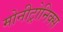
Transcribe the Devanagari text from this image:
मोनीट्रोनिक्स